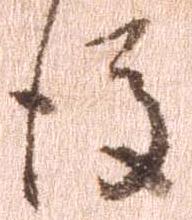
後